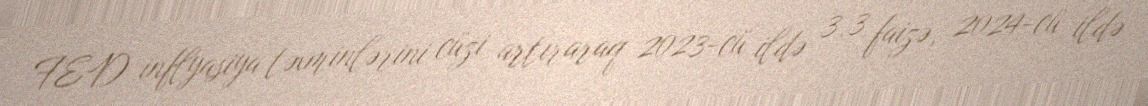
FED inflyasiya təxminlərini cüzi artıraraq 2023-cü ildə 3,3 faizə, 2024-cü ildə